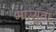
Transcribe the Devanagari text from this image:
मात्सुता